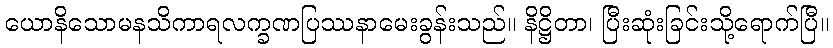
ယောနိသောမနသိကာရလက္ခဏပြဿနာမေးခွန်းသည်။ နိဋ္ဌိတာ၊ ပြီးဆုံးခြင်းသို့ရောက်ပြီ။